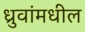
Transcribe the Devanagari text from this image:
ध्रुवांमधील